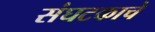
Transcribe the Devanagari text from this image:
संघटकाचे